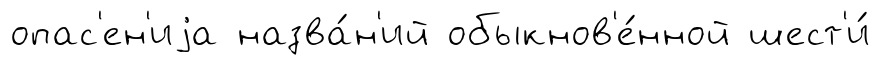
опас'ен'иjа назва́н'ий обыкнов'е́нной шест'и́